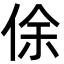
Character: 俆